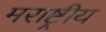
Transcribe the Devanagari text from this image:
मराष्ट्रीय